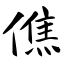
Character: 僬